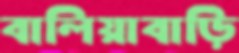
বালিয়াবাড়ি